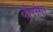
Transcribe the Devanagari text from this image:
वोसंगा